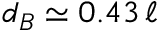
d _ { B } \simeq 0 . 4 3 \, \ell